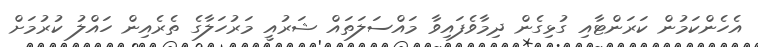
އެހެންކަމުން ކަރަންޓާއި ގުޅިގެން ދިމާވެފައިވާ މައްސަލަތައް ޝަރުއީ މަރުހަލާގެ ތެރެެއިން ހައްލު ކުރުމަށް